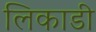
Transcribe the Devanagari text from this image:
लिकाडी